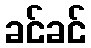
ခင်ခင်